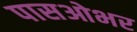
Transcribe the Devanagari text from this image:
पासओभर